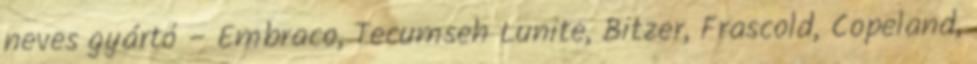
neves gyártó – Embraco, Tecumseh Lunite, Bitzer, Frascold, Copeland,